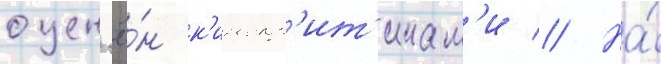
оцен'ё́н к'инокр'ит'икам'и // На́